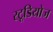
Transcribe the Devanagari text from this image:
स्‍टूडियोज